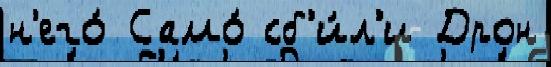
н'его́ Само́ сб'и́л'и Дрон